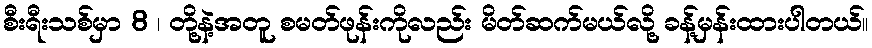
စီးရီးသစ်မှာ 8 ၊ တို့နဲ့အတူ စမတ်ဖုန်းကိုလည်း မိတ်ဆက်မယ်လို့ ခန့်မှန်းထားပါတယ်။